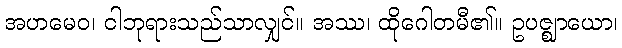
အဟမေဝ၊ ငါဘုရားသည်သာလျှင်။ အဿ၊ ထိုဂေါတမီ၏။ ဥပဇ္ဈာယော၊